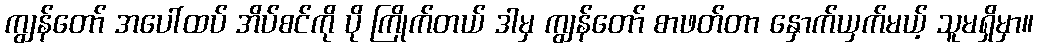
ကျွန်တော် အပေါ်ထပ် အိပ်စင်ကို ပို ကြိုက်တယ် ဒါမှ ကျွန်တော် စာဖတ်တာ နှောက်ယှက်မယ့် သူမရှိမှာ။